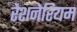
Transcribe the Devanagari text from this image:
रेशनेरियम